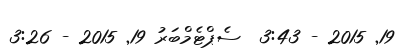
19